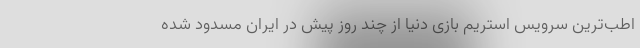
اطب‌ترین سرویس استریم بازی دنیا از چند روز پیش در ایران مسدود شده